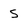
Character: 5